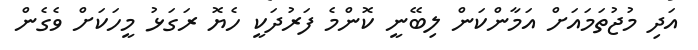
އަދި މުޖުތަމައަށް އަމާންކަން ލިބޭނީ ކޮންމެ ފަރުދަކީ ހެޔޮ ރަގަޅު މީހަކަށް ވެގެން